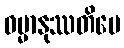
ဓမ္မာနုဿတိပေ